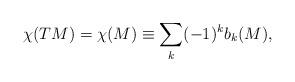
LaTeX: \begin{align*}\chi(TM) = \chi(M) \equiv \sum_{k}(-1)^{k}b_{k}(M),\end{align*}